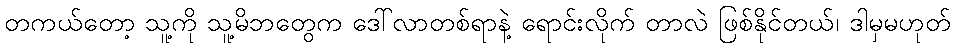
တကယ်တော့ သူ့ကို သူ့မိဘတွေက ဒေါ်လာတစ်ရာနဲ့ ရောင်းလိုက် တာလဲ ဖြစ်နိုင်တယ်၊ ဒါမှမဟုတ်